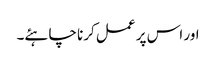
اور اس پر عمل کرنا چاہئے۔